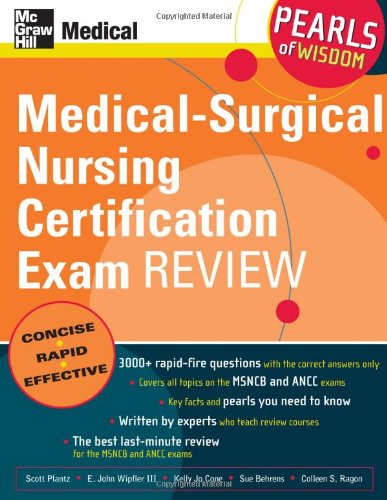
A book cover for Medical-Surgical Nursing Certification Exam Review: Pearls of Wisdom; Scott Plantz; Medical Books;